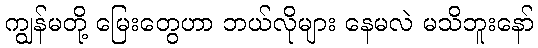
ကျွန်မတို့ မြေးတွေဟာ ဘယ်လိုများ နေမလဲ မသိဘူးနော်